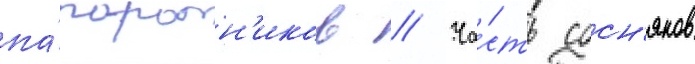
па́поротн'иков // Ча́сть сосн'яков